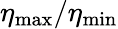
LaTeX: \eta_{\mathrm{max}}/\eta_{\mathrm{min}}